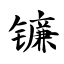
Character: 镰